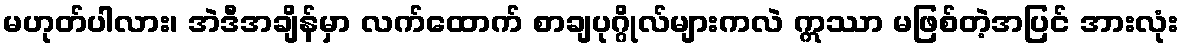
မဟုတ်ပါလား၊ အဲဒီအချိန်မှာ လက်ထောက် စာချပုဂ္ဂိုလ်များကလဲ ဣဿာ မဖြစ်တဲ့အပြင် အားလုံး